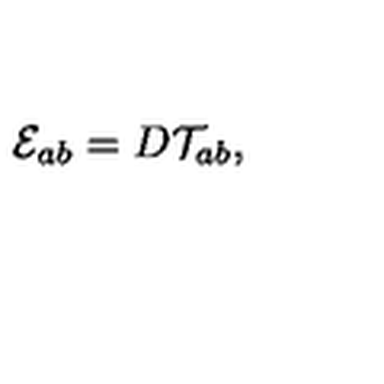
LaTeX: { \cal E } _ { a b } = D { \cal T } _ { a b } ,